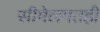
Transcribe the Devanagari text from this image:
सीमेलगतही